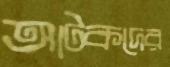
আটকদের